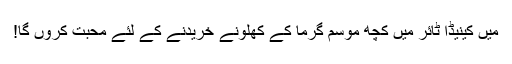
میں کینیڈا ٹائر میں کچھ موسم گرما کے کھلونے خریدنے کے لئے محبت کروں گا!